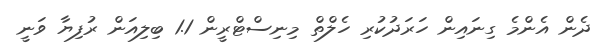
ދެން އެންމެ ގިނައިން ހަރަދުކުރި ހެލްތް މިނިސްޓްރީން 1.1 ބިލިއަން ރުފިޔާ ވަނީ